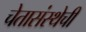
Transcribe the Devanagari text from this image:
चेतासंस्थेची